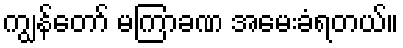
ကျွန်တော် မကြာခဏ အမေးခံရတယ်။